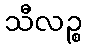
သီလဉ္စ